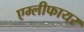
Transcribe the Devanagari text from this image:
एम्लीफायर